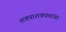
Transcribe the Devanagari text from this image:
शक्याशक्यतांचा